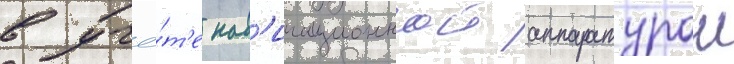
в учё́т'е нав'игационнои аппаратурои